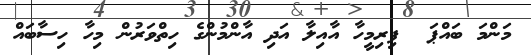
މަންމަ ބައްޕަ  ފިރިމީހާ އާއިލާ އަދި އާންމުންގެ ހިތްވަރުން މިހާ ހިސާބައް